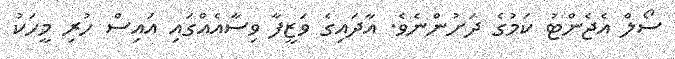
ސޯލް އެޖެންޓު ކަމުގެ ދަށުންނެވެ. އާދައިގެ ވަޒީފާ ވިސާއެއްގައި އައިސް ހުރި މީހަކު